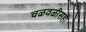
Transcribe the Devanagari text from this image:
चळवळीसही